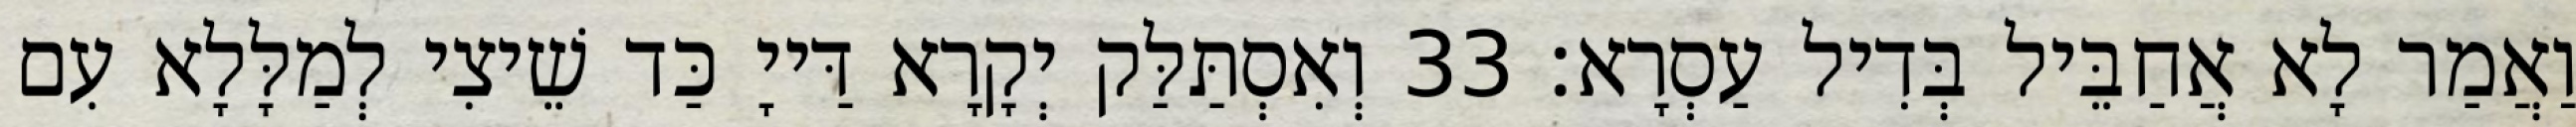
וַאֲמַר לָא אֲחַבֵּיל בְּדִיל עַסְרָא׃ 33 וְאִסְתַּלַּק יְקָרָא דַּייָ כַּד שֵׁיצִי לְמַלָּלָא עִם